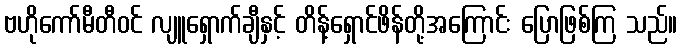
ဗဟိုကော်မီတီဝင် လျူရှောက်ချီနှင့် တိန့်ရှောင်ဖိန်တို့အကြောင်း ပြောဖြစ်ကြ သည်။